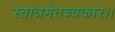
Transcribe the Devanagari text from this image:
स्तोत्रमेतच्चकार।।